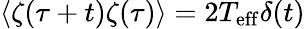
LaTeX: \langle\zeta(\tau+t)\zeta(\tau)\rangle=2T_{\mathrm{eff}}\delta(t)